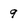
Character: 9